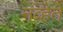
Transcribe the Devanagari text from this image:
नव्हेते